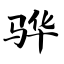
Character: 骅